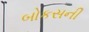
બોકસની